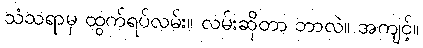
သံသရာမှ ထွက်ရပ်လမ်း။ လမ်းဆိုတာ ဘာလဲ။ အကျင့်။